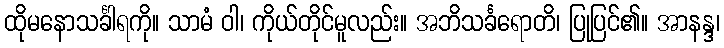
ထိုမနောသင်္ခါရကို။ သာမံ ဝါ၊ ကိုယ်တိုင်မူလည်း။ အဘိသင်္ခရောတိ၊ ပြုပြင်၏။ အာနန္ဒ၊